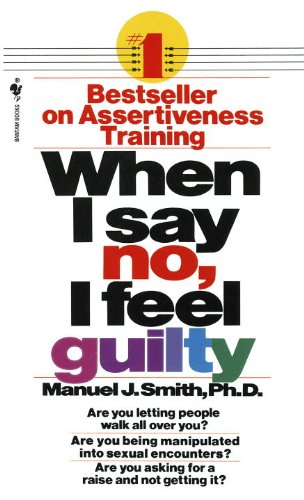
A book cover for When I Say No, I Feel Guilty; Manuel J. Smith; Self-Help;